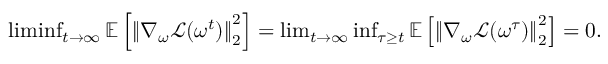
\begin{array} { r } { \operatorname* { l i m i n f } _ { t \rightarrow \infty } \mathbb { E } \left[ \left\| \nabla _ { \omega } \mathcal { L } ( \omega ^ { t } ) \right\| _ { 2 } ^ { 2 } \right] = \operatorname* { l i m } _ { t \rightarrow \infty } \operatorname* { i n f } _ { \tau \geq t } \mathbb { E } \left[ \left\| \nabla _ { \omega } \mathcal { L } ( \omega ^ { \tau } ) \right\| _ { 2 } ^ { 2 } \right] = 0 . } \end{array}